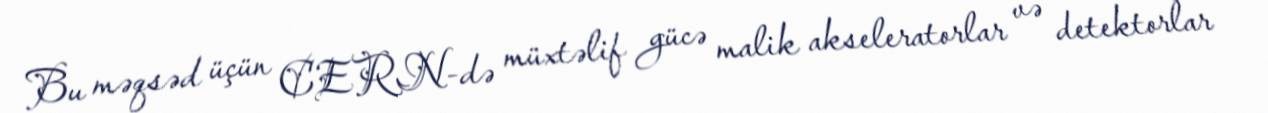
Bu məqsəd üçün CERN-də müxtəlif gücə malik akseleratorlar və detektorlar